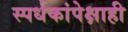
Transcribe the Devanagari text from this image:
स्पर्धकांपेक्षाही